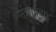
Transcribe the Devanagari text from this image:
संज्ञाप्रवाह